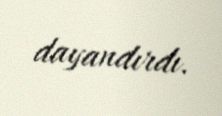
dayandırdı.